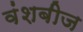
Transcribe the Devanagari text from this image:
वंशबीज